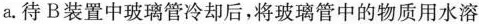
a。待B装置中玻璃管冷却后，将玻璃管中的物质用水溶